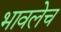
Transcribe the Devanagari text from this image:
भावलेच